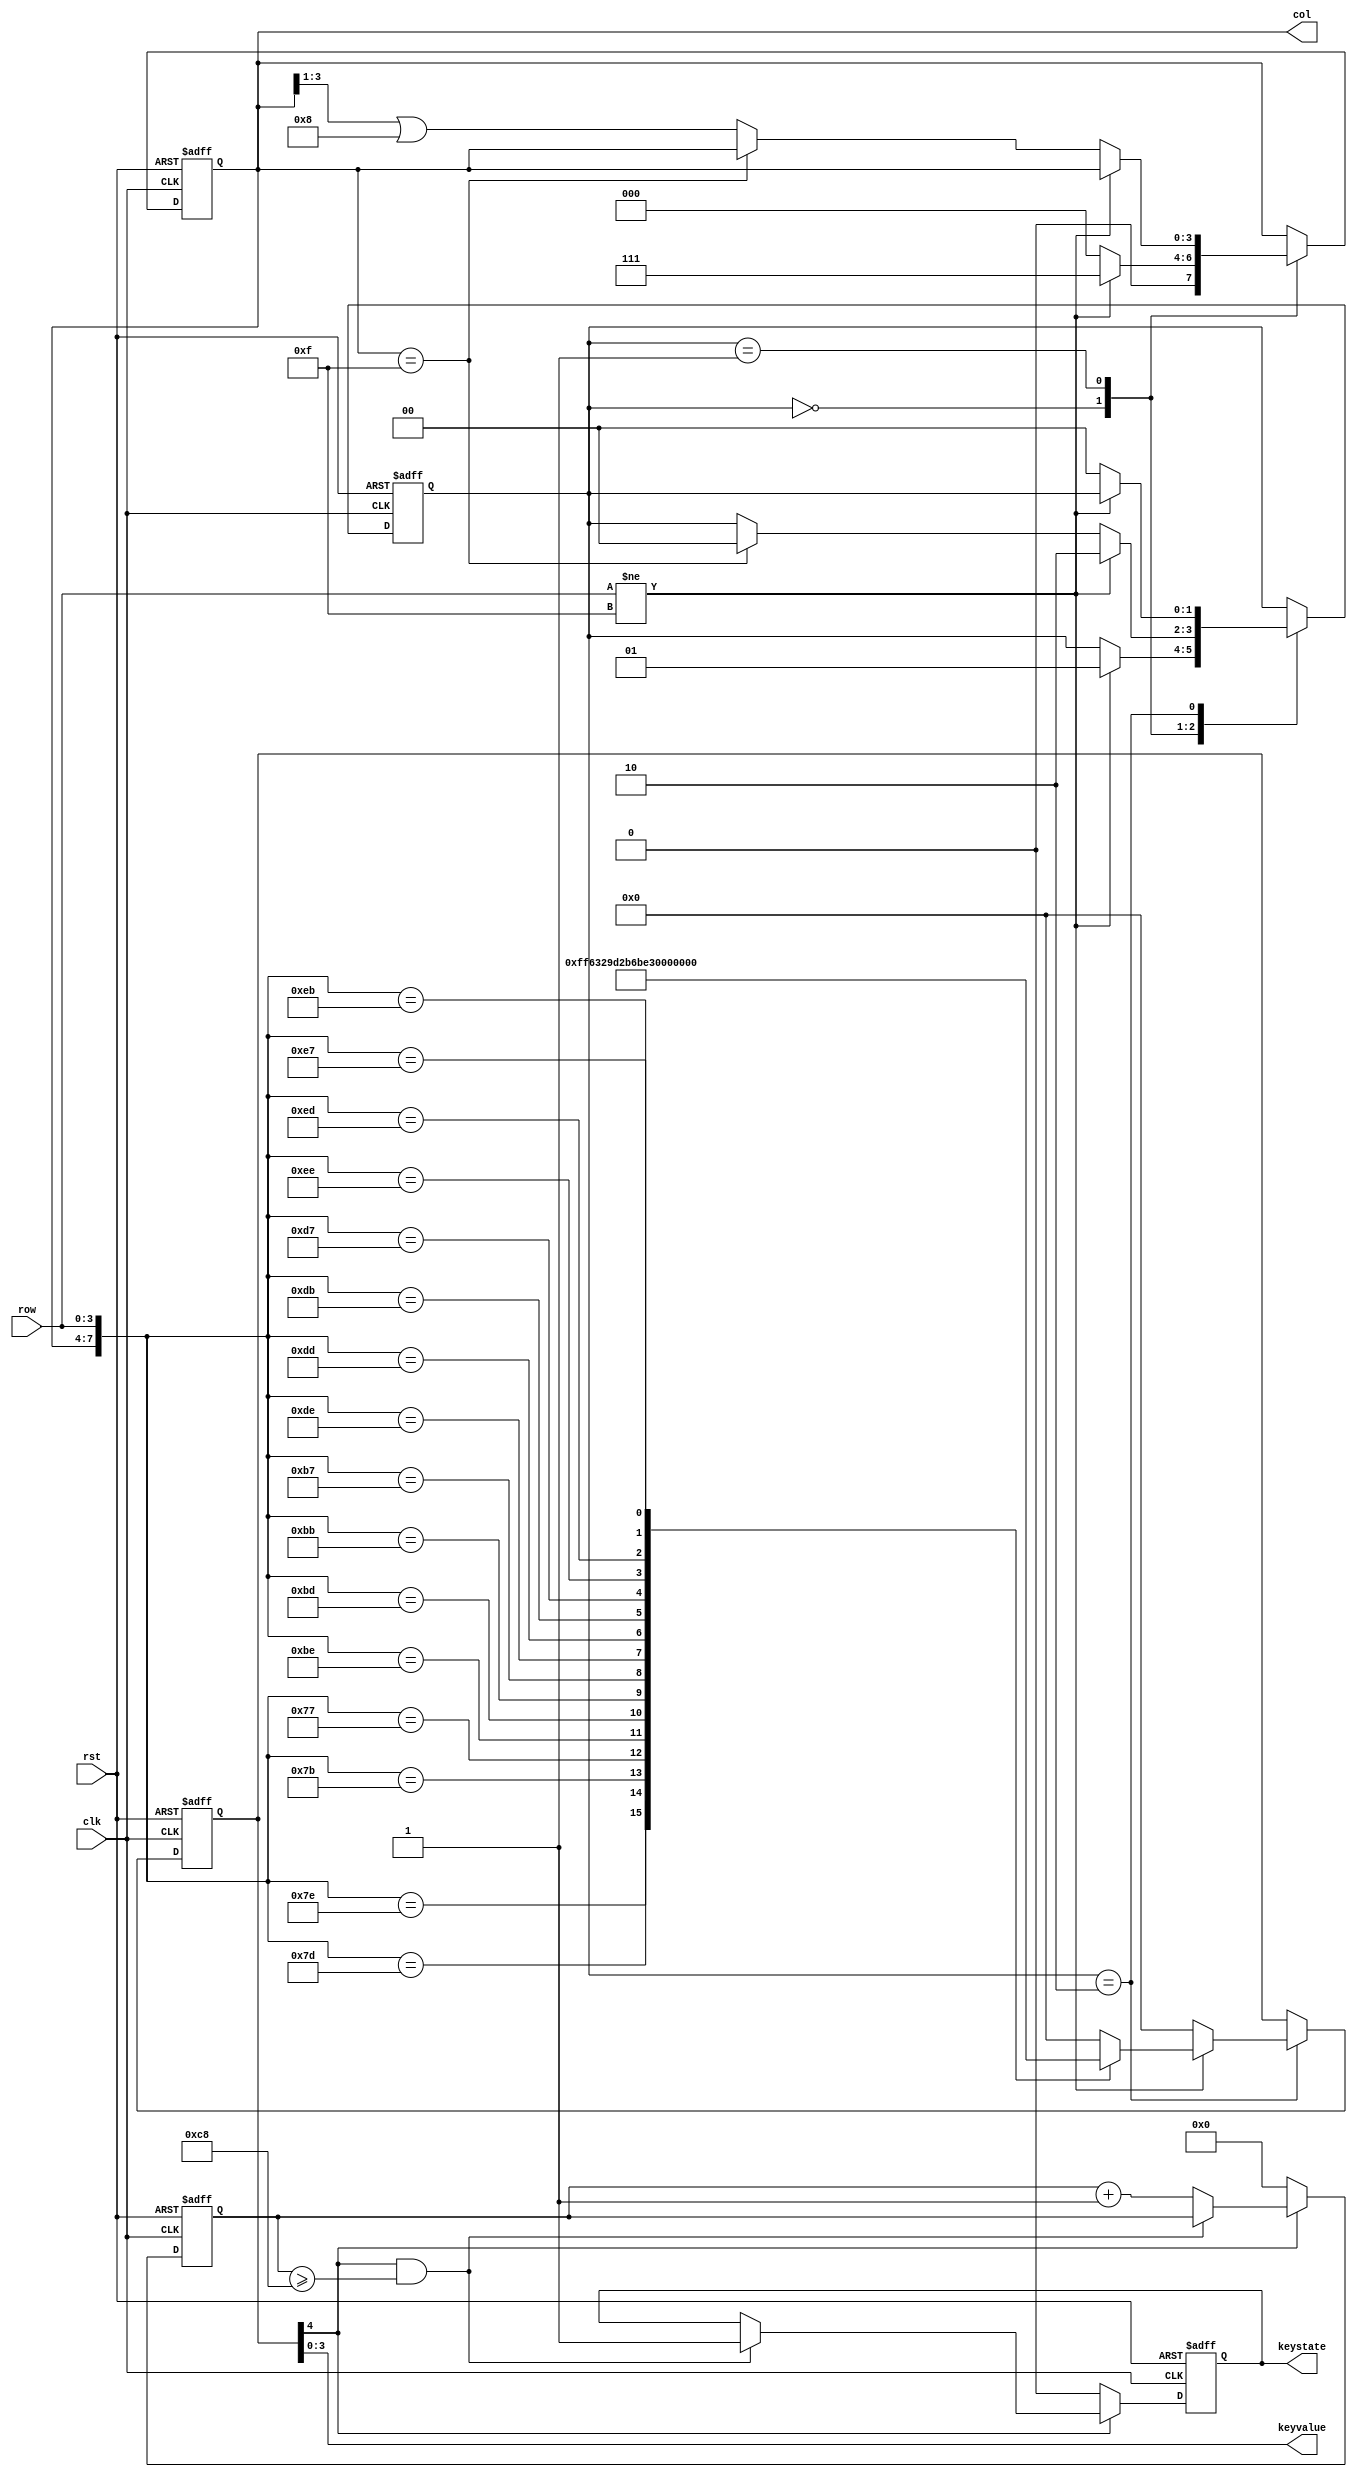
module keypad_scan(clk,rst,row,col,keystate,keyvalue);
	input clk,rst;
	input [3:0] row;
	output reg [3:0] col;
	output reg keystate;
	output [3:0]keyvalue;
	
	reg [4:0] key_value;
	reg [1:0] state;
	reg [25:0] antishake_counter;
	
	wire key_state;
	
	assign key_state=key_value[4];
	assign keyvalue=key_value[3:0];
	
	always @(posedge clk or negedge rst)
	begin
		if(!rst)
		begin
			col<=0;
			state<=0;
			key_value<=0;
		end
		else begin
			case(state)
			2'd0:begin
				if(row!=4'b1111)begin
					state<=2'd1;
					col<=4'b0111;
				end
				else col<=0;
			end
			2'd1:begin
				if(row!=4'b1111)state<=2'd2;
				else if(col==4'b1111)state<=2'd0;
				else col<=((col>>1)|4'b1000);
			end
			2'd2:begin
				if(row!=4'b1111)
					case({col,row})
					8'b0111_1110:key_value=5'h1f;
					8'b0111_1101:key_value=5'h1d;//
					8'b0111_1011:key_value=5'h11;
					8'b0111_0111:key_value=5'h12;
					8'b1011_1110:key_value=5'h13;
					8'b1011_1101:key_value=5'h14;
					8'b1011_1011:key_value=5'h15;
					8'b1011_0111:key_value=5'h16;
					8'b1101_1110:key_value=5'h17;
					8'b1101_1101:key_value=5'h18;
					8'b1101_1011:key_value=5'h19;
					8'b1101_0111:key_value=5'h1a;
					8'b1110_1110:key_value=5'h1b;
					8'b1110_1101:key_value=5'h1c;
					8'b1110_1011:key_value=5'h1e;//
					8'b1110_0111:key_value=5'h10;
					default:key_value = 0;
					endcase
				else begin
					key_value<=0;
					state<=0;
				end
			end
			endcase
		end
	end
	
	always @(posedge clk or negedge rst)
	begin
		if(!rst)
		begin
			keystate<=0;
			antishake_counter<=0;
		end
		else begin
			if(key_state==0)
			begin
				antishake_counter<=0;
				keystate<=0;
			end
			else if(key_state==1'b1 && antishake_counter>=25'd200)//25020ms
			begin
				keystate<=1;
			end
			else antishake_counter<=antishake_counter+1'b1;
		end
	end

endmodule